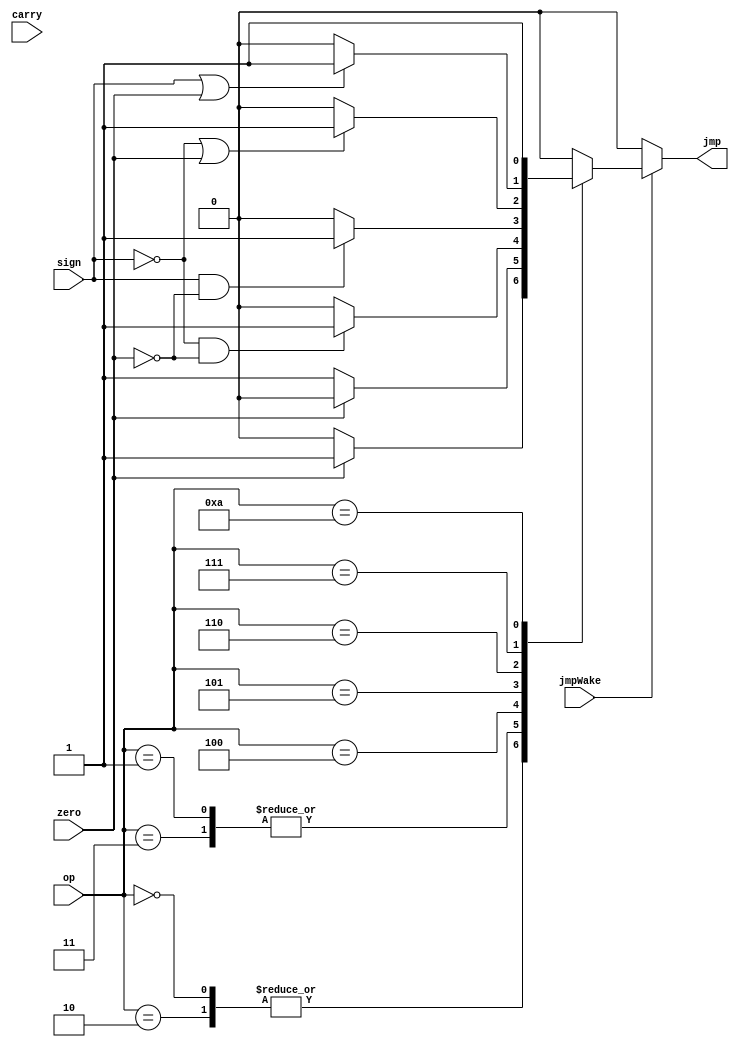
module jmpCtrl (
    input carry,
    input sign,
    input zero,

    input [3:0] op,

    input jmpWake,

    output reg jmp
);


`define ZERO          0
`define NOTZERO       1
`define EQUAL         2
`define NOTEQUAL      3
`define GREATER       4
`define LESS          5
`define GREATEQUAL    6
`define LESSEQUAL     7
`define CARRY         8
`define NOTCARRY      9
`define UNCONDITIONAL 10


always @(jmpWake) begin
    jmp = 1'b0;
    if(jmpWake) begin
        case (op)
            `ZERO : begin
                if(zero) begin
                    $display("JUMPING ON ZERO");
                    jmp = 1'b1;
                end
            end

            `NOTZERO : begin
                if(~zero) begin
                    $display("JUMPING ON NOT ZERO");
                    jmp = 1'b1;
                end
            end

            `EQUAL : begin
                if(zero) begin
                    $display("JUMPING ON EQUAL");
                    jmp = 1'b1;
                end
            end
            `NOTEQUAL : begin
                if(~zero) begin
                    $display("JUMPING ON NOT EQUAL");
                    jmp = 1'b1;
                end
            end

            `GREATER : begin
                if(~sign && ~zero) begin
                    $display("JUMPING ON GREATER");
                    jmp = 1'b1;
                end
            end

            `LESS : begin
                if(sign && ~zero) begin
                    $display("JUMPING ON LESS");
                    jmp = 1'b1;
                end
            end

            `GREATEQUAL : begin
                if(~sign || zero) begin
                    $display("JUMPING ON GREATER EQUAL");
                    jmp = 1'b1;
                end
            end
            `LESSEQUAL : begin
                if(sign || zero) begin
                    $display("JUMPING ON LESS EQUAL");
                    jmp = 1'b1;
                end
            end
            `UNCONDITIONAL : begin
                $display("JUMPING UNCONDITIONALLY");
                jmp = 1'b1;
            end 
            default: jmp = 1'b0;
        endcase
    end
    else begin
        jmp = 1'b0;
    end
end

    
endmodule